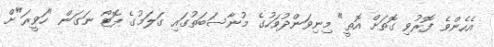
އެހެންވެ ފޮރުވި ގޮތަށް އޮތީ" މިނިވަންދުވަހުގެ މުނާސަބަތުގައި ގަލަމުގެ ފޮޓޯ ނަގަން "ހަވީރަ"ށް